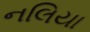
નલિયા